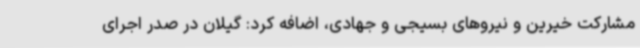
مشارکت خیرین و نیروهای بسیجی و جهادی، اضافه کرد: گیلان در صدر اجرای